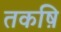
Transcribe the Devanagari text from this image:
तकष़ि